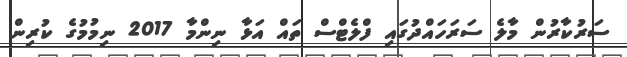
ސަރުކާރުން މާލެ ސަރަހައްދުގައި ފްލެޓްސް ތައް އަޅާ ނިންމާ 2017 ނިމުމުގެ ކުރިން